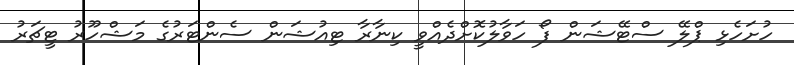
ހުށަހެޅި ޕްލޭ ސްޓޭޝަން ފޯ ހަވާލުކޮށްދެއްވީ ކިނާރާ ޓިއުޝަން ސެންޓަރުގެ މަޝްހޫރު ޓީޗަރު